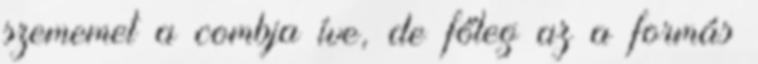
szememet a combja íve, de főleg az a formás